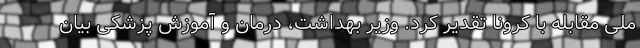
ملی مقابله با کرونا تقدیر کرد. وزیر بهداشت، درمان و آموزش پزشکی بیان